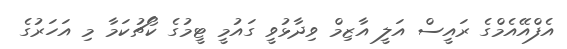
އެފްއޭއެމްގެ ރައީސް އަލީ އާޒިމް ވިދާޅުވީ ގައުމީ ޓީމުގެ ކޯޗުކަމާ މި އަހަރުގެ